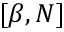
[ \beta , N ]